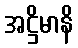
အဋ္ဌိမာနိ